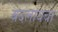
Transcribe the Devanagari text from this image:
बदलायचा